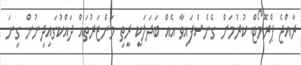
ރާއްޖެ ޕްރޮމޯޓް ކުރުމަށް ގެނެސްފައިވާ އެއް ބަދަލަކީ ރީތި މަންޒަރުތައް ދައްކުގައިދިނުން ގިނަ